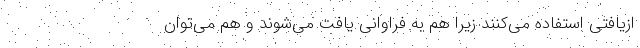
ازیافتی استفاده می‌کنند زیرا هم به فراوانی یافت می‌شوند و هم می‌توان